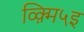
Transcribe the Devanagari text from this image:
व्क़्मि५इ